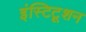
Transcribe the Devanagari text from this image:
इंस्टिटूशन